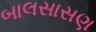
બાલસાસણ